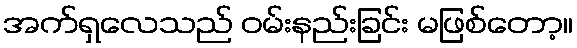
အက်ရှလေသည် ဝမ်းနည်းခြင်း မဖြစ်တော့။